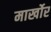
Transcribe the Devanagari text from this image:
मार्खोर